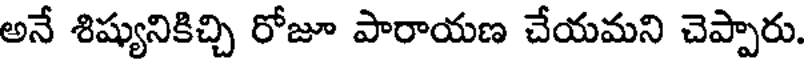
అనే శిష్యునికిచ్చి రోజూ పారాయణ చేయమని చెప్పారు.